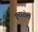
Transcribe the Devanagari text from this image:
इन्टरटोटो